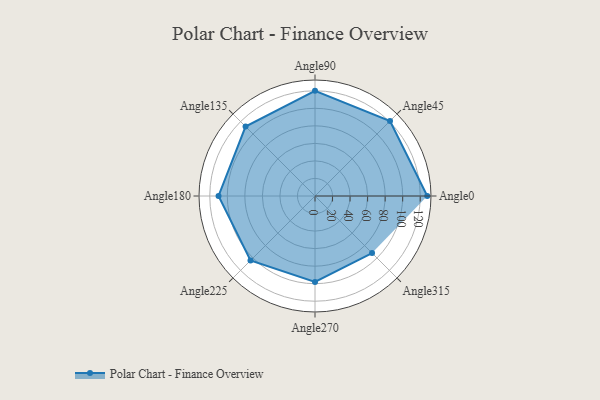
{"axis": {"x": "Angle", "y": "Radius"}, "legend": [""], "data": [{"x": "Angle0", "y": 128.0, "type": ""}, {"x": "Angle45", "y": 121.0, "type": ""}, {"x": "Angle90", "y": 120.0, "type": ""}, {"x": "Angle135", "y": 112.0, "type": ""}, {"x": "Angle180", "y": 110.0, "type": ""}, {"x": "Angle225", "y": 104.0, "type": ""}, {"x": "Angle270", "y": 98.0, "type": ""}, {"x": "Angle315", "y": 92.0, "type": ""}]}